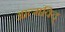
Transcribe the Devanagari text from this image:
आत्मविद्